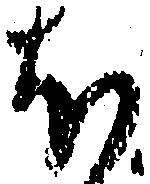
ほ